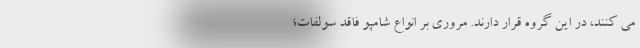
می کنند، در این گروه قرار دارند. مروری بر انواع شامپو فاقد سولفات؛